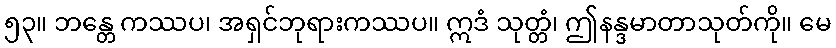
၅၃။ ဘန္တေ ကဿပ၊ အရှင်ဘုရားကဿပ။ ဣဒံ သုတ္တံ၊ ဤနန္ဒမာတာသုတ်ကို။ မေ